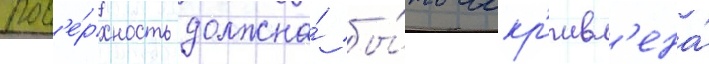
пов'е́рхность должна́ бы́ть искр'ивл'ена́